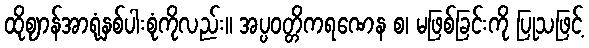
ထိုဈာန်အာရုံနှစ်ပါးစုံကိုလည်း။ အပ္ပဝတ္တိကရဏေန စ၊ မဖြစ်ခြင်းကို ပြုသဖြင့်